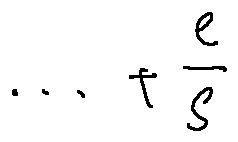
\cdots + \frac { e } { s }